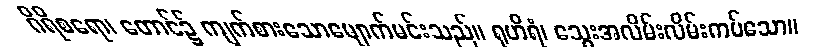
ဂိရိစရော၊ တောင်၌ ကျက်စားသောမျောက်မင်းသည်။ ရုဟိရံ၊ သွေးအလိမ်းလိမ်းကပ်သော။